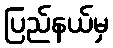
ပြည်နယ်မှ